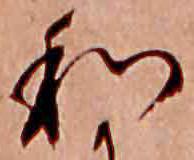
和